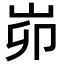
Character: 峁